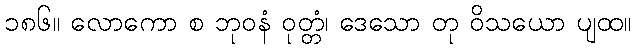
၁၈၆။ လောကော စ ဘုဝနံ ဝုတ္တံ၊ ဒေသော တု ဝိသယော ပျထ။